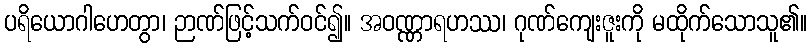
ပရိယောဂါဟေတွာ၊ ဉာဏ်ဖြင့်သက်ဝင်၍။ အဝဏ္ဏာရဟဿ၊ ဂုဏ်ကျေးဇူးကို မထိုက်သောသူ၏။